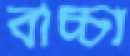
বাচ্চা